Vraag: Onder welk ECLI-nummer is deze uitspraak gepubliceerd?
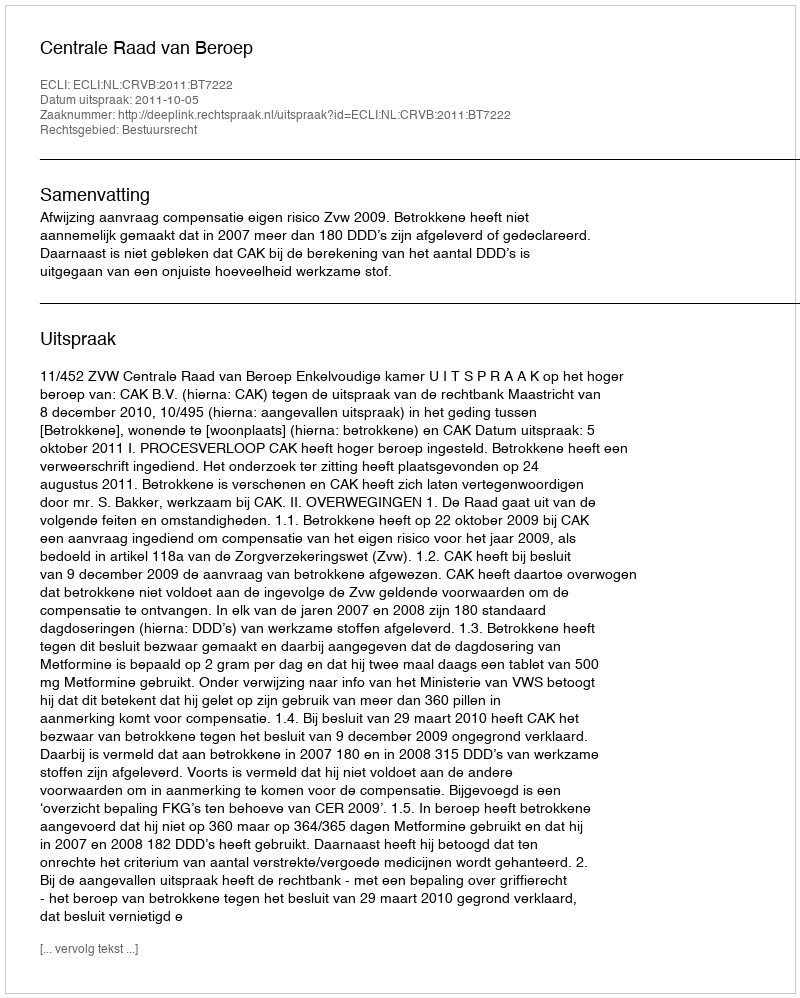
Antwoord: ECLI:NL:CRVB:2011:BT7222